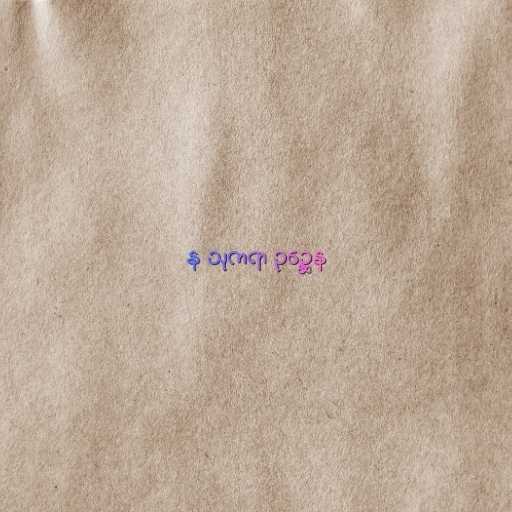
န သုကရာ ဥဉ္ဆေန